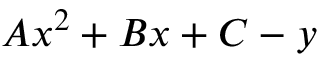
A x ^ { 2 } + B x + C - y